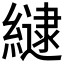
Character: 𮉉